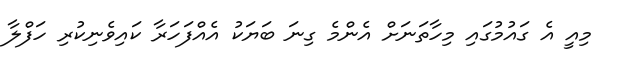
މިއީ އެ ގައުމުގައި މިހާތަނަށް އެންމެ ގިނަ ބަޔަކު އެއްފަހަރާ ކައިވެނިކުރި ހަފްލާ